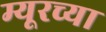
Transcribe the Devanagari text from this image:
म्यूरच्या